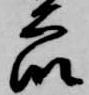
衆